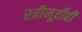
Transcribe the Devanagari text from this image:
स्त्रीमूर्तीही